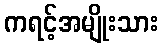
ကရင့်အမျိုးသား